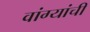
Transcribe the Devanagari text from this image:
वांग्यांची